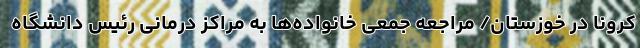
کرونا در خوزستان/ مراجعه جمعی خانواده‌ها به مراکز درمانی رئیس دانشگاه